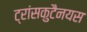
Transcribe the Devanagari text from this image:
ट्रांसकुटैनयस